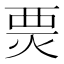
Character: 㶾